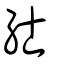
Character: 𥾘